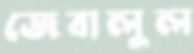
জেবালুল